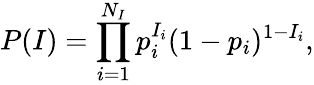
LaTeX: P(I)=\prod_{i=1}^{N_{I}}p_{i}^{I_{i}}(1-p_{i})^{1-I_{i}},